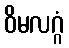
ဝိမလဂ္ဂံ